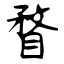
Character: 瞀